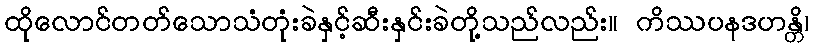
ထိုလောင်တတ်သောသံတုံးခဲနှင့်ဆီးနှင်းခဲတို့သည်လည်း။ ကိဿပနဒဟန္တိ၊